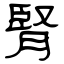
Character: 腎